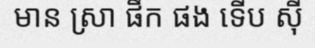
មាន ស្រា ផឹក ផង ទើប ស៊ី